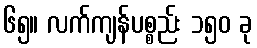
၆၅။ လက်ကျန်ပစ္စည်း ၁၅၀ ခု